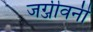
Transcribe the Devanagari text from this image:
जग्जीवनी